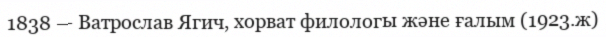
1838 — Ватрослав Ягич, хорват филологы және ғалым (1923.ж)